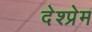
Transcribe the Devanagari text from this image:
देश्प्रेम